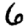
Digit: 6